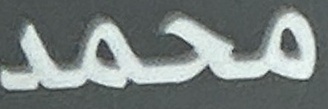
محمد